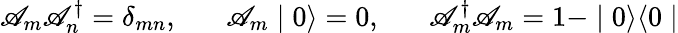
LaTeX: \mathscr{A}_{m}\mathscr{A}_{n}^{\dagger}=\delta_{mn},\; \; \; \; \; \; \mathscr{A}_{m}\mid0\rangle=0,\; \; \; \; \; \; \mathscr{A}_{m}^{\dagger}\mathscr{A}_{m}=1-\mid0\rangle\langle0\mid